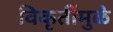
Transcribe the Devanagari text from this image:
विकृतींमुळे